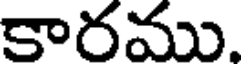
కారము.